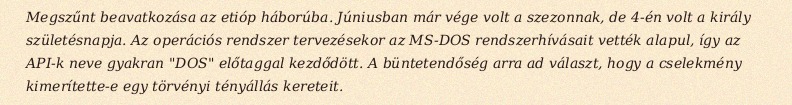
Megszűnt beavatkozása az etióp háborúba. Júniusban már vége volt a szezonnak, de 4-én volt a király születésnapja. Az operációs rendszer tervezésekor az MS-DOS rendszerhívásait vették alapul, így az API-k neve gyakran "DOS" előtaggal kezdődött. A büntetendőség arra ad választ, hogy a cselekmény kimerítette-e egy törvényi tényállás kereteit.